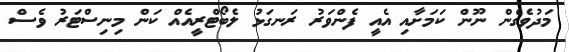
މަދުވެގެން ނޫން ކަމަށާއި އެއީ ފެންވަރު ރަނގަޅު ލެބޯޓްރީއެއް ކަން މިނިސްޓަރު ވެސް